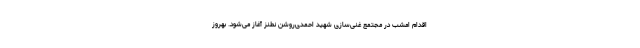
اقدام امشب در مجتمع غنی‌سازی شهید احمدی‌روشن نطنز آغاز می‌شود. بهروز